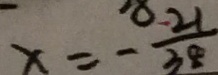
x = - \frac { 2 1 } { 3 8 }